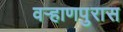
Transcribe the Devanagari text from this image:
वऱ्हाणपुरास